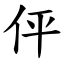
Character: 伻